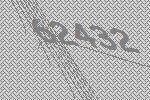
62432